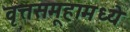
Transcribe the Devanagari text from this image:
वृत्तसमूहामध्ये